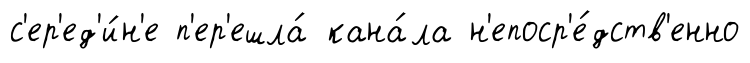
с'ер'ед'и́н'е п'ер'ешла́ кана́ла н'епоср'е́дств'енно